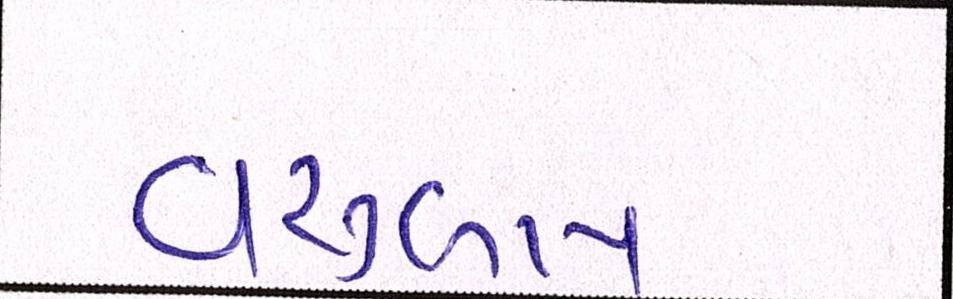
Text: વસુલાય